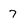
Character: 7